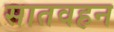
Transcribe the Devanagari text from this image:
सातवहन